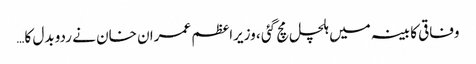
وفاقی کابینہ میں ہلچل مچ گئی ، وزیراعظم عمران خان نے ردو بدل کا…